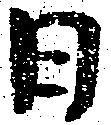
日